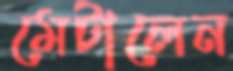
মেটালেন